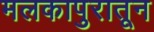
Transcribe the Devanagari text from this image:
मलकापुरातून